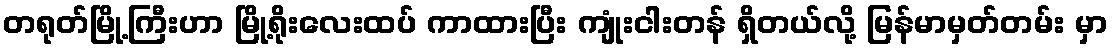
တရုတ်မြို့ကြီးဟာ မြို့ရိုးလေးထပ် ကာထားပြီး ကျုံးငါးတန် ရှိတယ်လို့ မြန်မာမှတ်တမ်း မှာ